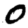
Digit: 0